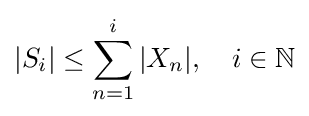
|S_{i}|\leq \sum _{n=1}^{i}|X_{n}|,\quad i\in {\mathbb {N} }